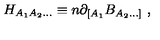
H _ { A _ { 1 } A _ { 2 } \ldots } \equiv n \partial _ { [ A _ { 1 } } B _ { A _ { 2 } \ldots ] } \ ,